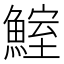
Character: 鰘